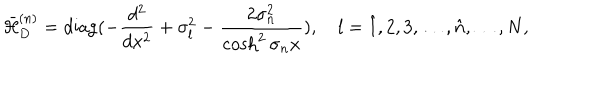
\bar { \cal H } _ { D } ^ { ( n ) } = \mathrm { d i a g } ( - \frac { d ^ { 2 } } { d x ^ { 2 } } + \sigma _ { l } ^ { 2 } - \frac { 2 \sigma _ { n } ^ { 2 } } { \cosh ^ { 2 } \sigma _ { n } x } ) , l = \hat { 1 } , 2 , 3 , \ldots , \hat { n } , \ldots , N ,